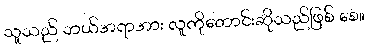
သူသည် ဘယ်အရာအား လူကိုတောင်းဆိုသည်ဖြစ် စေ။